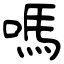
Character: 嗎